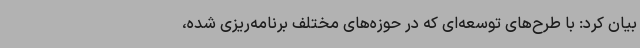
بیان کرد: با طرح‌های توسعه‌ای که در حوزه‌های مختلف برنامه‌ریزی شده،